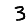
Digit: 3